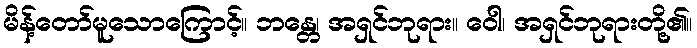
မိန့်တော်မူသောကြောင့်။ ဘန္တေ၊ အရှင်ဘုရား။ ဝေါ၊ အရှင်ဘုရားတို့၏။